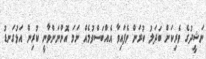
ނަޝީދުގެ ވެރިކަން ބަދަލު ކުރަން ވެފައިވާ އެއްބަސްވުމެއް ނަމަ އޮންނަންވާނީ ކުރިން އަޅުގަނޑު